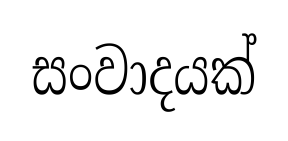
සංවාදයක්